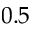
0 . 5